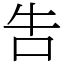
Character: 吿